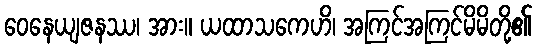
ဝေနေယျဇနဿ၊ အား။ ယထာသကေဟိ၊ အကြင်အကြင်မိမိတို့၏